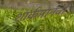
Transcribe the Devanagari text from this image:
शार्कमानवों